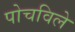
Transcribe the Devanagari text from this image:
पोचविले